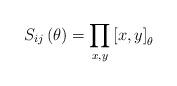
LaTeX: \begin{align*}S_{ij}\left( \theta \right) =\prod\limits_{x,y}\left[ x,y\right] _{\theta }\end{align*}